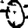
Digit: 0